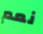
نعم